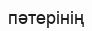
пәтерінің